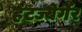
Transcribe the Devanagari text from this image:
हंटज्बेर्गेर